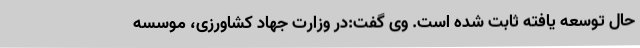
حال توسعه یافته ثابت شده است. وی گفت:در وزارت جهاد کشاورزی، موسسه